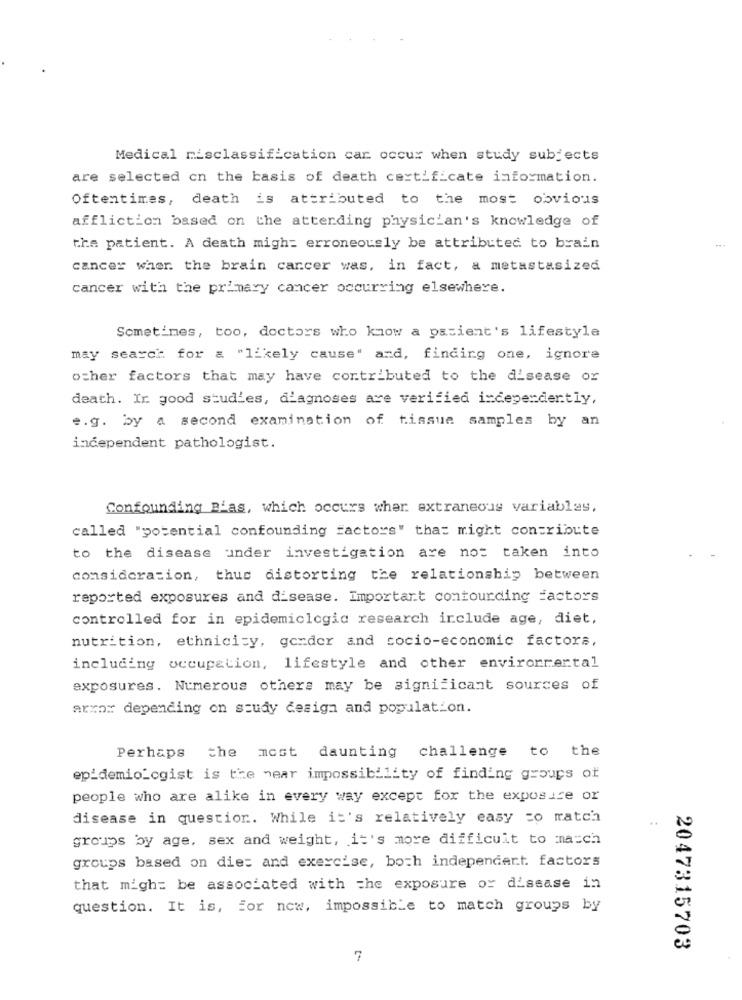
Medical risclassification car occur when study subjects
are selected on the basis of death certificate information.
Oftentimes, death is attributed to the most obvious
affliction based on the attending physician's knowledge of
...
the patient. A death migh: erroneously be attributed to brain
cancer wher the brain cancer was, in fact, a metastasized
cancer with the primary cancer occurring elsewhere.
Sometimes, too, doctors who know a patient's lifestyle
may search for & "likely cause" and, finding one, ignore
other factors that may have contributed to the disease or
death. Ir good studies, diagnoses ave verified independently,
e.g. by a second examination of tissue samples by an
independent pathologist.
Confounding B'as, which occurs wher extraneous variables,
called "potential confounding factors" that might contribute
to the disease under investigation are not taken into
consideration, thus distorting the relationship between
reported exposures and disease. Important contourding Factors
controlled for in epidemiologic research include age, diet,
nutrition, ethnicity, gender and socio-economic factors,
including occupation, lifestyle and other environmental
exposures. Numerous others may be significant sources of
arra: depending on study design and population.
challenge to the
Perhaps
the most daunting o
epidemio_cgist is the near impossibility of finding groups of
people who are alike in every way except for the exposure or
disease in question. While it's relatively easy to match
..
groups by age, sex and weight, it's more difficult to masch
groups based on die: and exercise, both independent. factors
that might be associated with the exposure or disease in
question. It is, for new, impossible to match groups by
2047315703
7